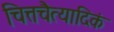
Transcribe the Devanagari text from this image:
चित्तचैत्यादिकं